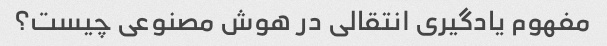
مفهوم یادگیری انتقالی در هوش مصنوعی چیست؟